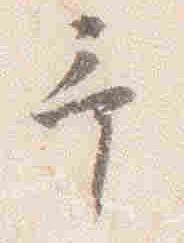
予